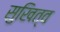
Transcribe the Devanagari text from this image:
सुखित्व